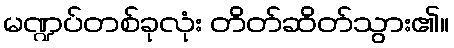
မဏ္ဍပ်တစ်ခုလုံး တိတ်ဆိတ်သွား၏။